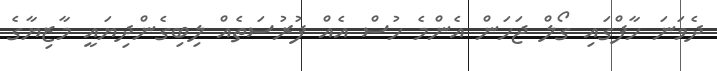
ދެވަނަ ހާފްގައި ގޯލް ޖަހަން އެންމެ ހުސް އެއް ފުރުސަތެއް ލިބިގެންދިޔައީ މާޒިޔާގެ